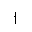
Letter: _alif